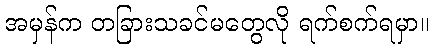
အမှန်က တခြားသခင်မတွေလို ရက်စက်ရမှာ။